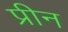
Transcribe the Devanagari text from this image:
प्रीन